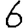
Digit: 6